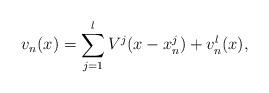
LaTeX: \begin{align*}v_n(x) = \sum_{j=1}^l V^j(x-x^j_n) + v^l_n(x),\end{align*}